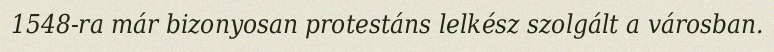
1548-ra már bizonyosan protestáns lelkész szolgált a városban.